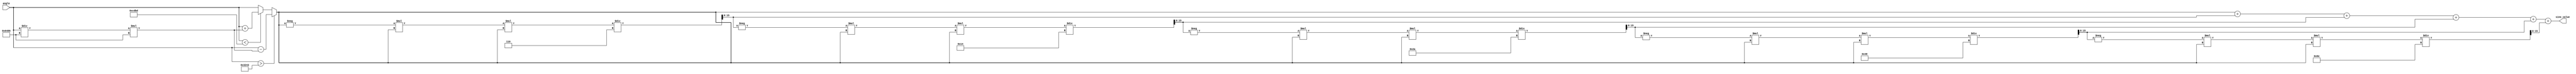
module sine_function (
    input wire [15:0] angle, // Input angle in radians (fixed-point)
    output reg [15:0] sine_value // Output sine value (fixed-point)
);

    // Constants for Taylor series
    parameter PI = 16'h3243; // Approximation of  in fixed-point (16-bit)
    parameter PI_OVER_2 = 16'h1921; // Approximation of /2 in fixed-point (16-bit)
    
    // Function to compute sine using Taylor series
    function [15:0] taylor_sine;
        input [15:0] x;
        reg [15:0] term;
        reg [15:0] sum;
        integer i;
        begin
            sum = x; // First term of the series
            term = x; // Initialize term with x
            
            // Calculate terms of the Taylor series
            for (i = 1; i <= 5; i = i + 1) begin
                term = -term * x * x / (2 * i * (2 * i + 1)); // Compute next term
                sum = sum + term; // Add term to sum
            end
            
            taylor_sine = sum; // Return the computed sine value
        end
    endfunction

    // Normalize the input angle to the range [-, ]
    reg [15:0] normalized_angle;

    always @(*) begin
        // Normalize angle to the range [-, ]
        if (angle > PI) begin
            normalized_angle = angle - (angle / (2 * PI)) * (2 * PI); // Reduce to [0, 2]
        end else if (angle < -PI) begin
            normalized_angle = angle + (angle / (2 * PI)) * (2 * PI); // Reduce to [0, 2]
        end else begin
            normalized_angle = angle; // Already in range
        end

        // Compute sine value using Taylor series
        sine_value = taylor_sine(normalized_angle);
    end

endmodule